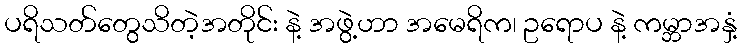
ပရိသတ်တွေသိတဲ့အတိုင်း နဲ့ အဖွဲ့ဟာ အမေရိက၊ ဥရောပ နဲ့ ကမ္ဘာအနှံ့